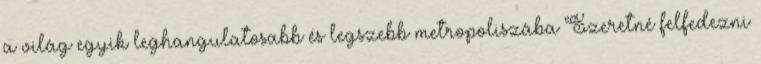
a világ egyik leghangulatosabb és legszebb metropoliszába Szeretné felfedezni